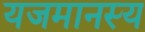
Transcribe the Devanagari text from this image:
यजमानस्य